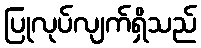
ပြုလုပ်လျက်ရှိသည်